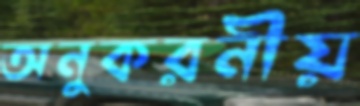
অনুকরনীয়